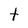
Character: t